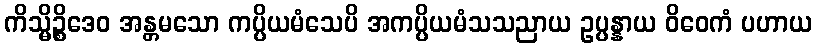
ကိသ္မိဉ္စိဒေဝ အန္တမသော ကပ္ပိယမံသေပိ အကပ္ပိယမံသသညာယ ဥပ္ပန္နာယ ဝိဝေကံ ပဟာယ